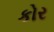
કોર